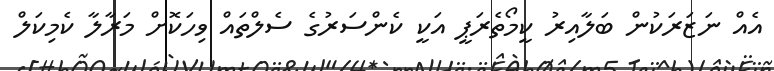
އެއް ނަޒަރަކުން ބަލާއިރު ކީމޯތެރަޕީ އަކީ ކެންސަރުގެ ސެލްތައް ވިހަކޮށް މަރާލާ ކެމިކަލް